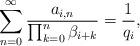
LaTeX: \begin{align*}\sum_{n=0}^\infty\frac{a_{i,n}}{\prod_{k=0}^n\beta_{i+k}}=\frac{1}{q_i},\end{align*}